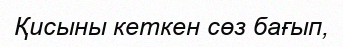
Қисыны кеткен сөз бағып,